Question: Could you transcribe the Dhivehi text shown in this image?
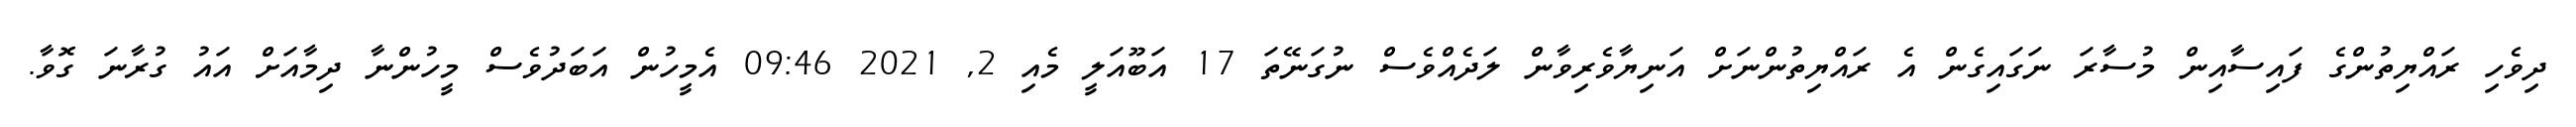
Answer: ދިވެހި ރައްޔިތުންގެ ފައިސާއިން މުސާރަ ނަގައިގެން އެ ރައްޔިތުންނަށް އަނިޔާވެރިވާން ލަދެއްވެސް ނުގަނޭތަ 17 އަބޫއަލީ މެއި 2, 2021 09:46 އެމީހުން އަބަދުވެސް މީހުންނާ ދިމާއަށް އައު ގުރާނަ ގޮވާ.